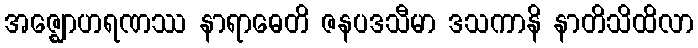
အဇ္ဈောဟရဏဿ နာရာဓေတိ ဇနပဒသီမာ ဒသကာနိ နာတိသိထိလာ